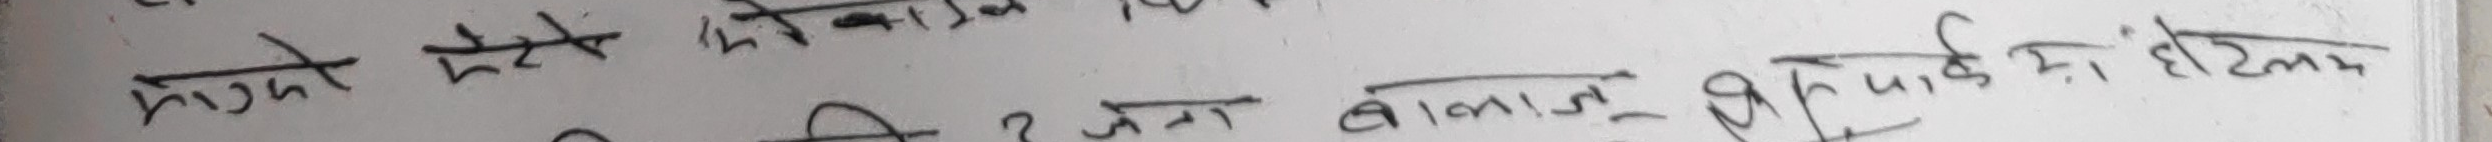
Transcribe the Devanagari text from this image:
मुको मेरो हो काल
सुर्जे अधि ? जन बालाजु शु पालेको हो होटमा